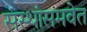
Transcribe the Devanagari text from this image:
संस्थांसमवेत